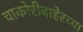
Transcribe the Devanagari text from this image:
चाकोरीबाहेरच्या